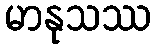
မာနုသဿ